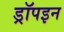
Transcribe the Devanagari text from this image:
ड्रॉपइन